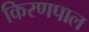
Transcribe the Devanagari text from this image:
किरणपाल